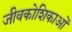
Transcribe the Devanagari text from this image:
जीवकोशिकाओं